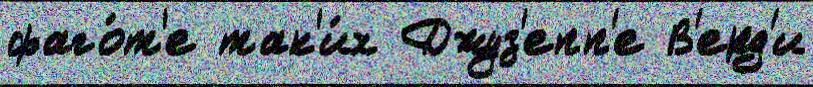
фаго́т'е так'и́х Джуз'епп'е В'ерд'и